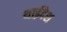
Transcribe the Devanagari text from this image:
थाईदेश